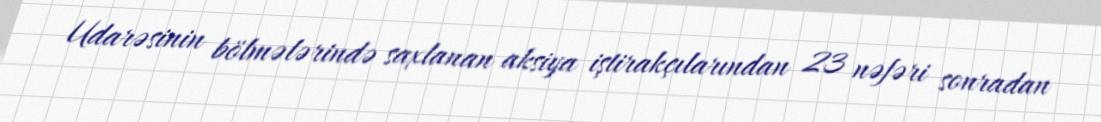
Udarəsinin bölmələrində saxlanan aksiya iştirakçılarından 23 nəfəri sonradan